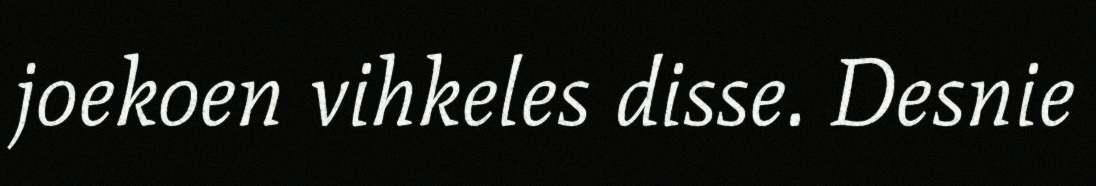
joekoen vihkeles disse. Desnie